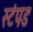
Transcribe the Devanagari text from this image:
स्टंपड